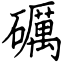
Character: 礪